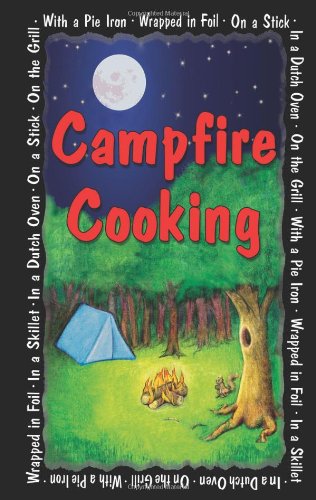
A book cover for Campfire Cooking; G&R Publishing; Cookbooks, Food & Wine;